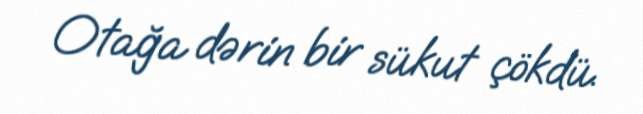
Otağa dərin bir sükut çökdü.